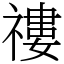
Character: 䄛